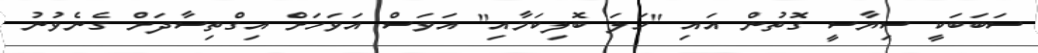
ސަބަބަކީ ސިޔާސީ ގޮތުން އައި "ހަލަ ބޮލިކަމާއި" އަވަސް އަވަހަށް އިގްތިސާދަށް ގެނެވުނު